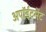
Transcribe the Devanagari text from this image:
अपॉईंटमेंट